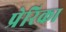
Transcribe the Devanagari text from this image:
प्रेरिका